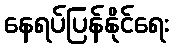
နေရပ်ပြန်နိုင်ရေး